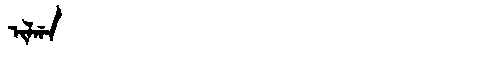
Manchu: ᡳᠯᡤᠠ
Romanization: ILGA